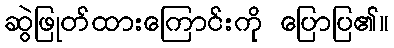
ဆွဲဖြုတ်ထားကြောင်းကို ပြောပြ၏။